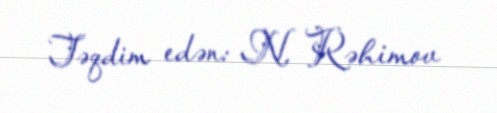
Təqdim edən: N. Rəhimov